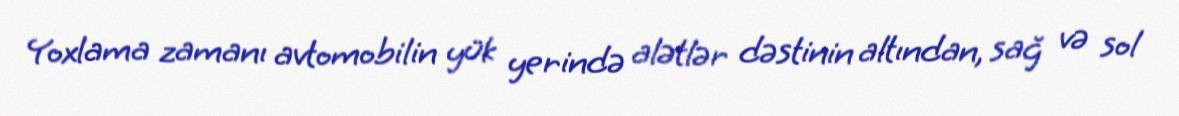
Yoxlama zamanı avtomobilin yük yerində alətlər dəstinin altından, sağ və sol